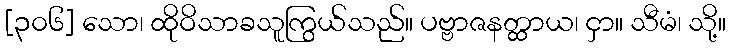
[၃၀၆] သော၊ ထိုဝိသာခသူကြွယ်သည်။ ပဗ္ဗာဇနတ္ထာယ၊ ငှာ။ သီမံ၊ သို့။